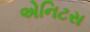
એનિટસ